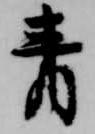
青